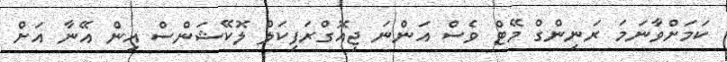
ކަމަށްވާނަމަ ރަނިންގް މޭޓް ވެސް އަންނަ ޖިއޮގްރަފިކަލް ލޮކޭޝަންސް އިން އޭނާ އަށް